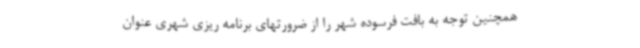
همچنین توجه به بافت فرسوده شهر را از ضرورتهای برنامه ریزی شهری عنوان